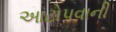
આટોપવાની